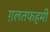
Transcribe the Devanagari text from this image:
ग़लतफहमी